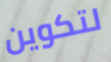
لتكوين